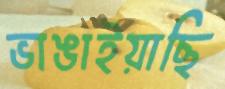
ভাঙাইয়াছি